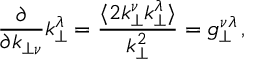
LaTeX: \frac { \partial } { \partial k _ { \perp \nu } } k _ { \perp } ^ { \lambda } = \frac { \langle 2 k _ { \perp } ^ { \nu } k _ { \perp } ^ { \lambda } \rangle } { k _ { \perp } ^ { 2 } } = g _ { \perp } ^ { \nu \lambda } \, ,